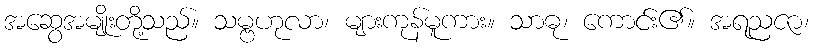
အဆွေအမျိုးတို့သည်။ သမ္ဗဟုလာ၊ များကုန်မူကား။ သာဓု၊ ကောင်း၏။ အရညဇာ၊